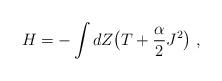
LaTeX: \begin{align*}H=- \int dZ \bigl(T+\frac{\alpha}{2} J^2 \bigr)\;,\end{align*}